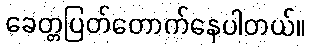
ခေတ္တပြတ်တောက်နေပါတယ်။